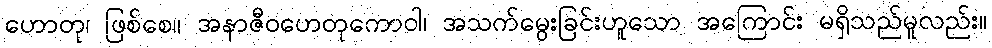
ဟောတု၊ ဖြစ်စေ။ အနာဇီဝဟေတုကောဝါ၊ အသက်မွေးခြင်းဟူသော အကြောင်း မရှိသည်မူလည်း။